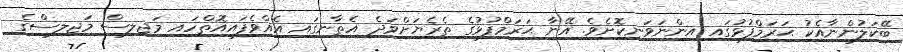
ބޭކަލުންނާއެކު ޙަރަމްފުޅުގައި އިންނަވަނިކޮށެވެ. އޭނާ ޙަރަމްފުޅުގެ ތެރެޔަށްވަދެ އެތާނގައި އެއްވެފައިއޮތްހައި މަޖިލިސް މަޖިލިސްގެ